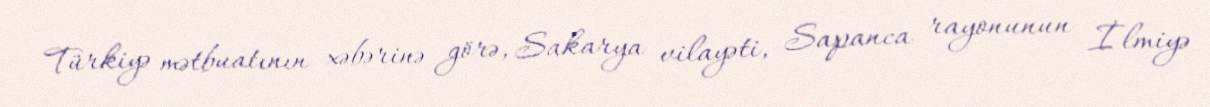
Türkiyə mətbuatının xəbərinə görə, Sakarya vilayəti, Sapanca rayonunun İlmiyə